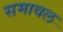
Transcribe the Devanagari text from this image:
समावल